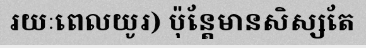
រយៈពេលយូរ) ប៉ុន្តែមានសិស្សតែ